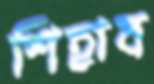
শিহাব